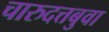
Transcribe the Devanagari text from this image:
चारुदत्तबुवा